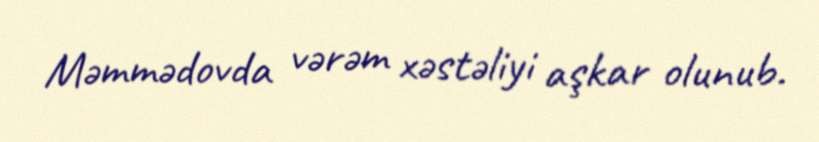
Məmmədovda vərəm xəstəliyi aşkar olunub.